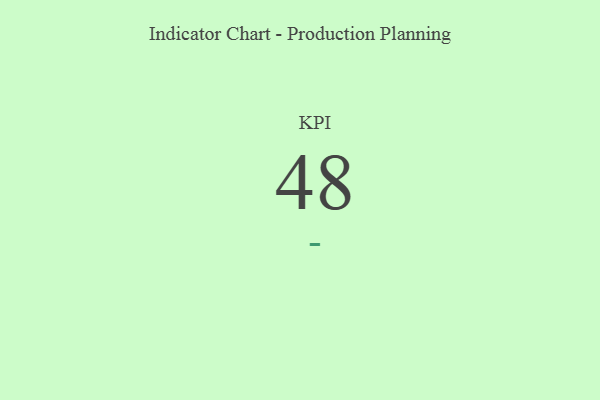
{"axis": {"x": "KPI", "y": "Value"}, "legend": [""], "data": [{"x": "KPI", "y": 48, "type": ""}]}